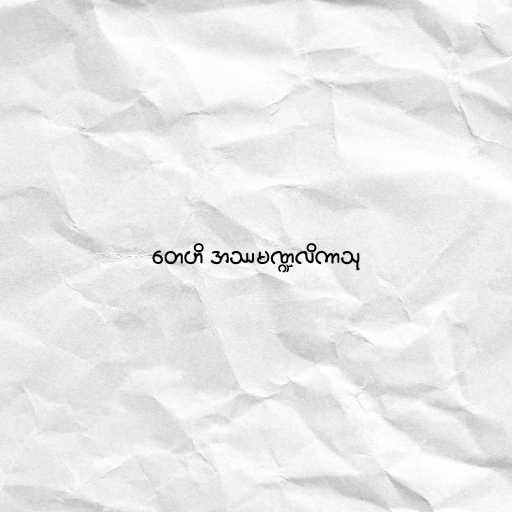
တေဟိ အဿမဏ္ဍလိကာသု